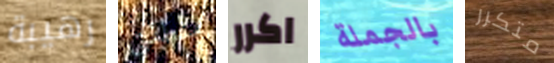
رهيبة منطقتي اكرر بالجملة متكرر